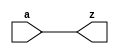
module dut(
	input [17:0] a,
	output [17:0] z
);
	assign z = a;
endmodule